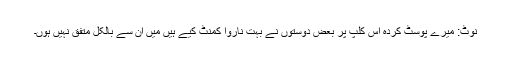
نوٹ: میرے پوسٹ کردہ اس کلپ پر بعض دوستوں نے بہت ناروا کمنٹ کیے ہیں میں ان سے بالکل متفق نہیں ہوں۔